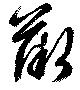
薇